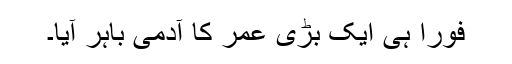
فوراً ہی ایک بڑی عمر کا آدمی باہر آیا۔